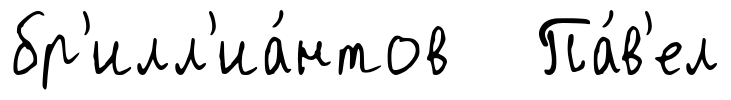
бр'илл'иа́нтов Па́в'ел